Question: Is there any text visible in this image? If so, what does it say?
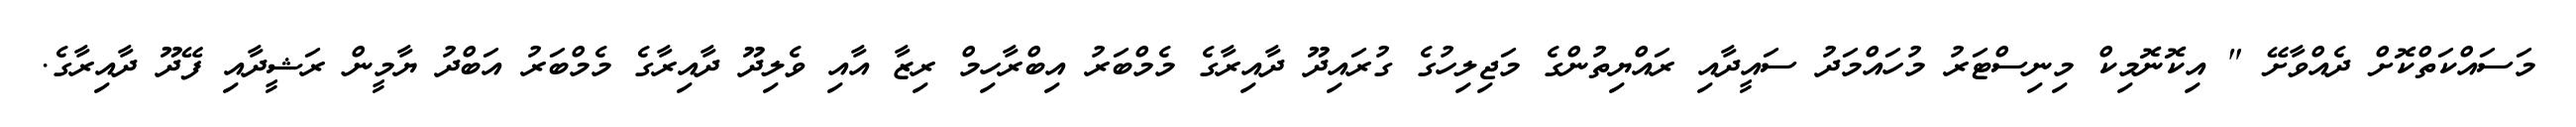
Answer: މަސައްކަތްކޮށް ދެއްވާށޭ " އިކޮނޮމިކް މިނިސްޓަރު މުހައްމަދު ސައީދާއި ރައްޔިތުންގެ މަޖިލިހުގެ ގުރައިދޫ ދާއިރާގެ މެމްބަރު އިބްރާހިމް ރިޒާ އާއި ވެލިދޫ ދާއިރާގެ މެމްބަރު އަބްދު ޔާމީން ރަޝީދާއި ފޭދޫ ދާއިރާގެ.